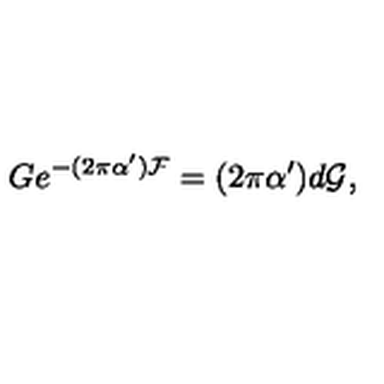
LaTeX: G e ^ { - ( 2 \pi \alpha ^ { \prime } ) { \cal F } } = ( 2 \pi \alpha ^ { \prime } ) d { \cal G } ,